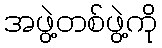
အဖွဲ့တစ်ဖွဲ့ကို